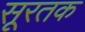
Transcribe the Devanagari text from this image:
सूरतक